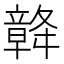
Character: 𥪴